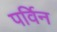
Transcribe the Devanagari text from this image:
पर्विन